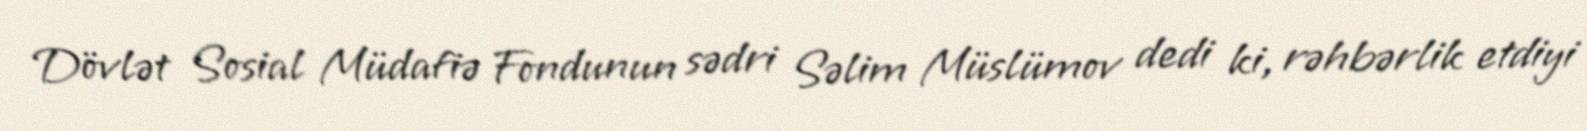
Dövlət Sosial Müdafiə Fondunun sədri Səlim Müslümov dedi ki, rəhbərlik etdiyi